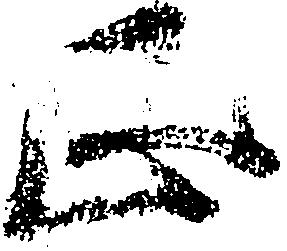
正